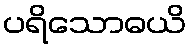
ပရိသောဓယိ